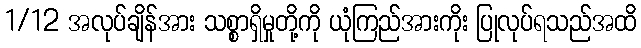
1/12 အလုပ်ချိန်အား သစ္စာရှိမှုတို့ကို ယုံကြည်အားကိုး ပြုလုပ်ရသည်အထိ